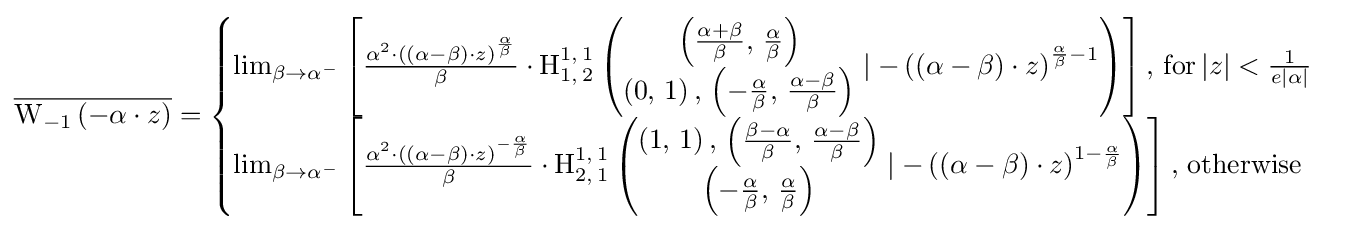
{\overline {\operatorname {W} _{-1}\left(-\alpha \cdot z\right)}}={\begin{cases}\lim _{\beta \to \alpha ^{-}}\left[{\frac {\alpha ^{2}\cdot \left(\left(\alpha -\beta \right)\cdot z\right)^{\frac {\alpha }{\beta }}}{\beta }}\cdot \operatorname {H} _{1,\,2}^{1,\,1}\left({\begin{matrix}\left({\frac {\alpha +\beta }{\beta }},\,{\frac {\alpha }{\beta }}\right)\\\left(0,\,1\right),\,\left(-{\frac {\alpha }{\beta }},\,{\frac {\alpha -\beta }{\beta }}\right)\\\end{matrix}}\mid -\left(\left(\alpha -\beta \right)\cdot z\right)^{{\frac {\alpha }{\beta }}-1}\right)\right],\,{\text{for}}\left|z\right|<{\frac {1}{e\left|\alpha \right|}}\\\lim _{\beta \to \alpha ^{-}}\left[{\frac {\alpha ^{2}\cdot \left(\left(\alpha -\beta \right)\cdot z\right)^{-{\frac {\alpha }{\beta }}}}{\beta }}\cdot \operatorname {H} _{2,\,1}^{1,\,1}\left({\begin{matrix}\left(1,\,1\right),\,\left({\frac {\beta -\alpha }{\beta }},\,{\frac {\alpha -\beta }{\beta }}\right)\\\left(-{\frac {\alpha }{\beta }},\,{\frac {\alpha }{\beta }}\right)\\\end{matrix}}\mid -\left(\left(\alpha -\beta \right)\cdot z\right)^{1-{\frac {\alpha }{\beta }}}\right)\right],\,{\text{otherwise}}\\\end{cases}}